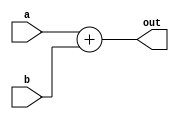
`timescale 1ns / 1ps
//////////////////////////////////////////////////////////////////////////////////
// Company: 
// Engineer: 
// 
// Design Name: 
// Module Name: Add22
// Project Name: 
// Target Devices: 
// Tool Versions: 
// Description: 
// 
// Dependencies: 
// 
// Revision:
// Revision 0.01 - File Created
// Additional Comments:
// 
//////////////////////////////////////////////////////////////////////////////////


module Add22(
    input signed [19:0] a,
    input signed [21:0] b,
    output signed [21:0] out
    );
    assign out = a+b;
endmodule